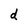
Character: d